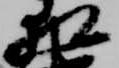
相